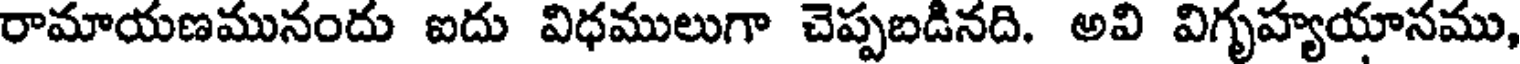
రామాయణమునందు ఐదు విధములుగా చెప్పబడినది. అవి విగృహ్యయానము,